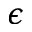
\epsilon